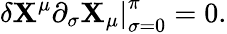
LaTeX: \left.\delta\mathbf{X}^{\mu}\partial_{\sigma}\mathbf{X}_{\mu}\right|_{\sigma=0}^{\pi}=0.